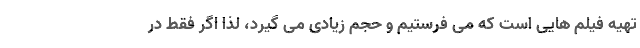
تهیه فیلم هایی است که می فرستیم و حجم زیادی می گیرد، لذا اگر فقط در